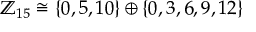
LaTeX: \mathbb { Z } _ { 1 5 } \cong \{ 0 , 5 , 1 0 \} \oplus \{ 0 , 3 , 6 , 9 , 1 2 \}